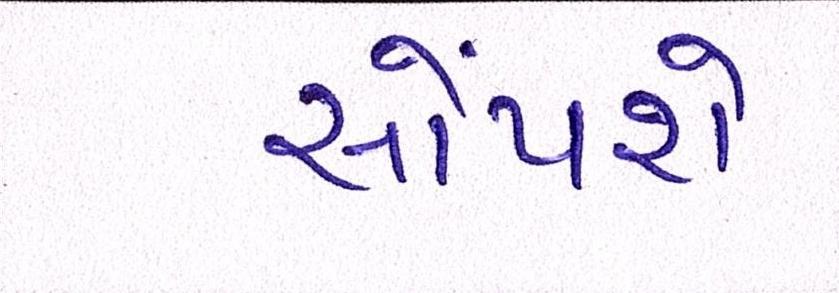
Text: સોંપશે